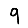
Digit: 9